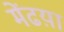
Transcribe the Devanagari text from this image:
मेंढय़ा